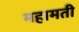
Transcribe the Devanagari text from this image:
महामती